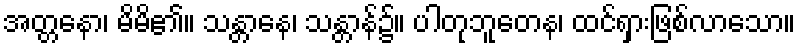
အတ္တနော၊ မိမိ၏။ သန္တာနေ၊ သန္တာန်၌။ ပါတုဘူတေန၊ ထင်ရှားဖြစ်လာသော။